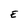
Character: E